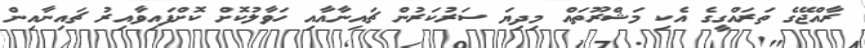
ރާއްޖޭގެ ތަރައްގީގެ އެކި މަޝްރޫތައް މިދިޔަ ސަރުކަރުން ޗައިނާއާއި ހަވާލުކޮށް ކޮށްފައިވާއިރު ޗައިނާއިން